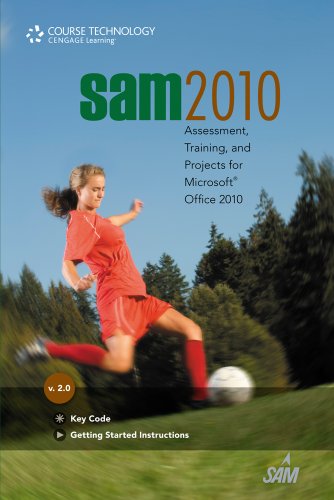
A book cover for SAM 2010 Assessment, Training, and Projects v2.0 Multi-Term Printed Access Card; Course Technology; Business & Money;